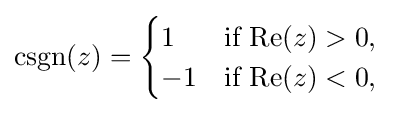
\operatorname {csgn} (z)={\begin{cases}1&{\text{if }}\mathrm {Re} (z)>0,\\-1&{\text{if }}\mathrm {Re} (z)<0,\end{cases}}